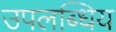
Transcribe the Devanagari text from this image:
उपलब्धिय